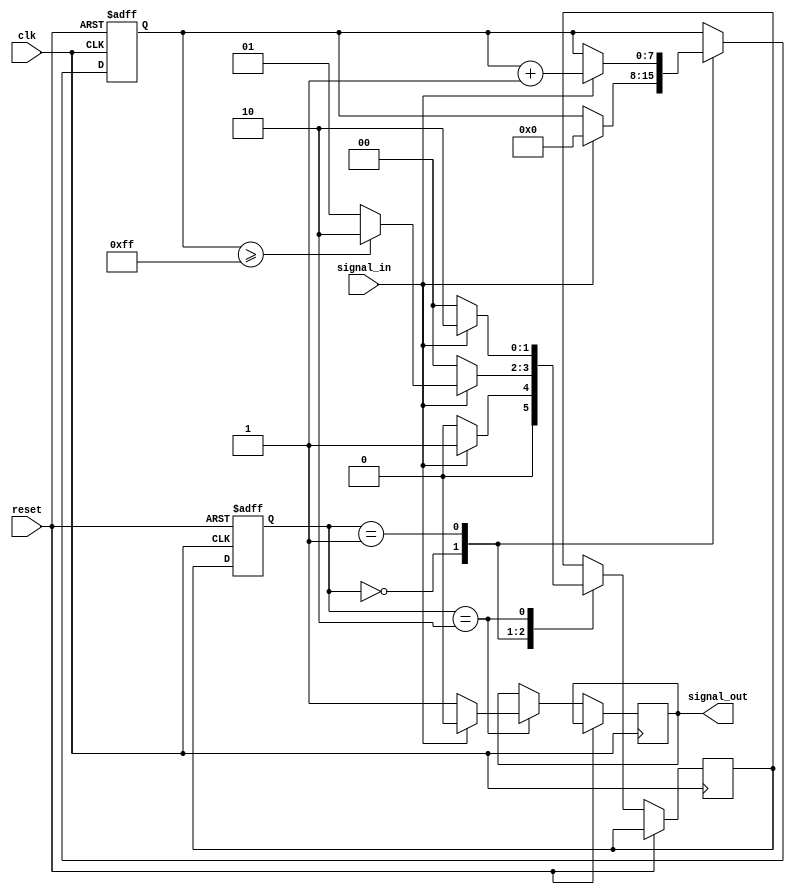
module debounce_circuit (
    input wire clk,
    input wire reset,
    input wire signal_in,
    output reg signal_out
);

// Define state machine states
parameter IDLE = 2'b00;
parameter TRANSITION = 2'b01;
parameter DEBOUNCE = 2'b10;

// Define state machine registers
reg [1:0] state_reg, state_next;

// Define debounce count register
reg [7:0] debounce_count;

// Synchronous state and debounce logic
always @ (posedge clk or posedge reset) begin
    if (reset) begin
        state_reg <= IDLE;
        debounce_count <= 8'd0;
    end else begin
        state_reg <= state_next;
        case(state_reg)
            IDLE: begin
                if (signal_in) begin
                    state_next = TRANSITION;
                    debounce_count <= 8'd0;
                end else begin
                    state_next = IDLE;
                end
            end
            TRANSITION: begin
                if (signal_in) begin
                    debounce_count <= debounce_count + 1;
                    if (debounce_count >= 8'd255) begin
                        state_next = DEBOUNCE;
                    end else begin
                        state_next = TRANSITION;
                    end
                end else begin
                    state_next = IDLE;
                end
            end
            DEBOUNCE: begin
                if (!signal_in) begin
                    signal_out <= 1'b1;
                    state_next = IDLE;
                end else begin
                    signal_out <= 1'b0;
                    state_next = DEBOUNCE;
                end
            end
        endcase
    end
end

endmodule